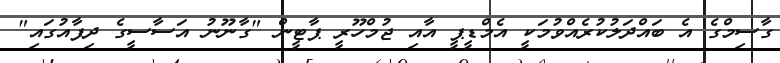
ގާސިމްގެ އެ ބައްދަލުކުރެއްވުމަކީ އެމްޑީޕީ އާއި ޖުމްހޫރީ ޕާޓީން "ގާނޫނު އަސާސީގެ ދިފާއުގައި"